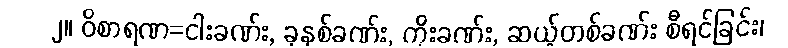
၂။ ဝိစာရဏ=ငါးခဏ်း, ခုနစ်ခဏ်း, ကိုးခဏ်း, ဆယ့်တစ်ခဏ်း စီရင်ခြင်း၊